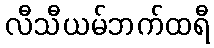
လီသီယမ်ဘက်ထရီ